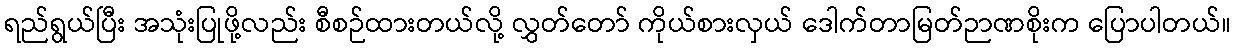
ရည်ရွယ်ပြီး အသုံးပြုဖို့လည်း စီစဉ်ထားတယ်လို့ လွှတ်တော် ကိုယ်စားလှယ် ဒေါက်တာမြတ်ဉာဏစိုးက ပြောပါတယ်။